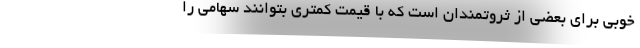
خوبی برای بعضی از ثروتمندان است که با قیمت کمتری بتوانند سهامی را